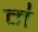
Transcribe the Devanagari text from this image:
मं॑